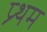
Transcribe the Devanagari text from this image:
प्र्थम